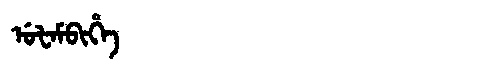
Manchu: ᡠᡶᠠᠮᠪᡳᡥᡝ
Romanization: UFAMBIHE